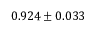
0 . 9 2 4 \pm 0 . 0 3 3